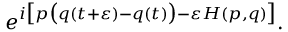
e ^ { i { \big [ } p { \big ( } q ( t + \varepsilon ) - q ( t ) { \big ) } - \varepsilon H ( p , q ) { \big ] } } .